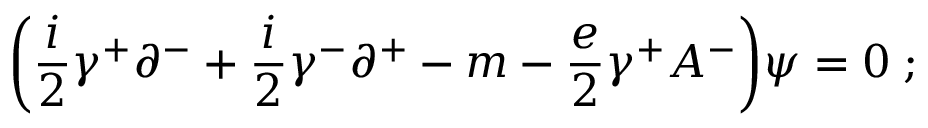
\biggl ( { \frac { i } { 2 } } \gamma ^ { + } \partial ^ { - } + { \frac { i } { 2 } } \gamma ^ { - } \partial ^ { + } - m - { \frac { e } { 2 } } \gamma ^ { + } A ^ { - } \biggr ) \psi = 0 \; ;